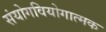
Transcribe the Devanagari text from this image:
संयोगवियोगात्मक